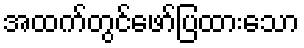
အထက်တွင်ဖော်ပြထားသော